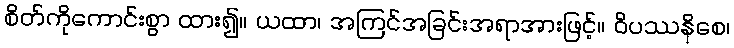
စိတ်ကိုကောင်းစွာ ထား၍။ ယထာ၊ အကြင်အခြင်းအရာအားဖြင့်။ ဝိပဿနိစေ၊